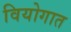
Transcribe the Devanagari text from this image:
वियोगात